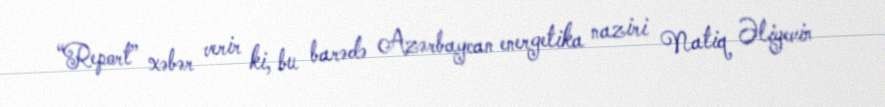
“Report” xəbər verir ki, bu barədə Azərbaycan energetika naziri Natiq Əliyevin